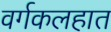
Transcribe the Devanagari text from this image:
वर्गकलहात